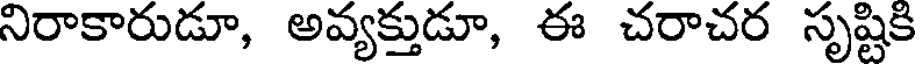
నిరాకారుడూ, అవ్యక్తుడూ, ఈ చరాచర సృష్టికి